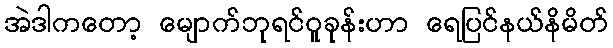
အဲဒါကတော့ မျောက်ဘုရင်ဝူခုန်းဟာ ရေပြင်နယ်နိမိတ်